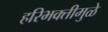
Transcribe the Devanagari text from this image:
हरिभक्तीमुळे